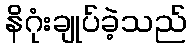
နိဂုံးချုပ်ခဲ့သည်